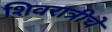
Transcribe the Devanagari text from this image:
शिवरात्रीचे